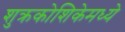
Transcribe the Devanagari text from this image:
शुक्रकोशिकेमध्ये